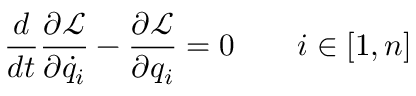
\frac { d } { d t } \frac { \partial \mathcal { L } } { \partial \dot { q } _ { i } } - \frac { \partial \mathcal { L } } { \partial q _ { i } } = 0 \qquad i \in [ 1 , n ]